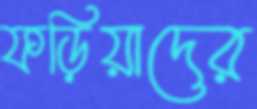
ফড়িয়াদের